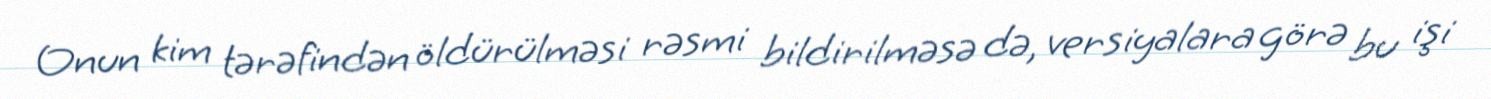
Onun kim tərəfindən öldürülməsi rəsmi bildirilməsə də, versiyalara görə bu işi